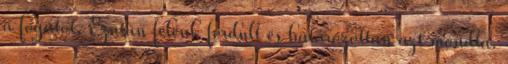
a fogatot. Ezután felénk fordult és határozottan azt mondta.